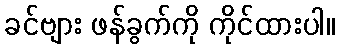
ခင်ဗျား ဖန်ခွက်ကို ကိုင်ထားပါ။